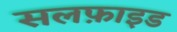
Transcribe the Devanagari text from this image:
सलफ़ाइड